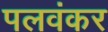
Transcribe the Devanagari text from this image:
पलवंकर